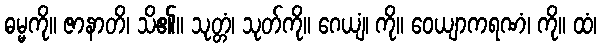
ဓမ္မကို။ ဇာနာတိ၊ သိ၏။ သုတ္တံ၊ သုတ်ကို။ ဂေယျံ၊ ကို။ ဝေယျာကရဏံ၊ ကို။ ထံ၊